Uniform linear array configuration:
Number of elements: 24
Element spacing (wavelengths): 0.75
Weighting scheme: blackman
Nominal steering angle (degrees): -30
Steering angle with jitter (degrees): -28.14
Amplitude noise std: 0.05
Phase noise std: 0.05

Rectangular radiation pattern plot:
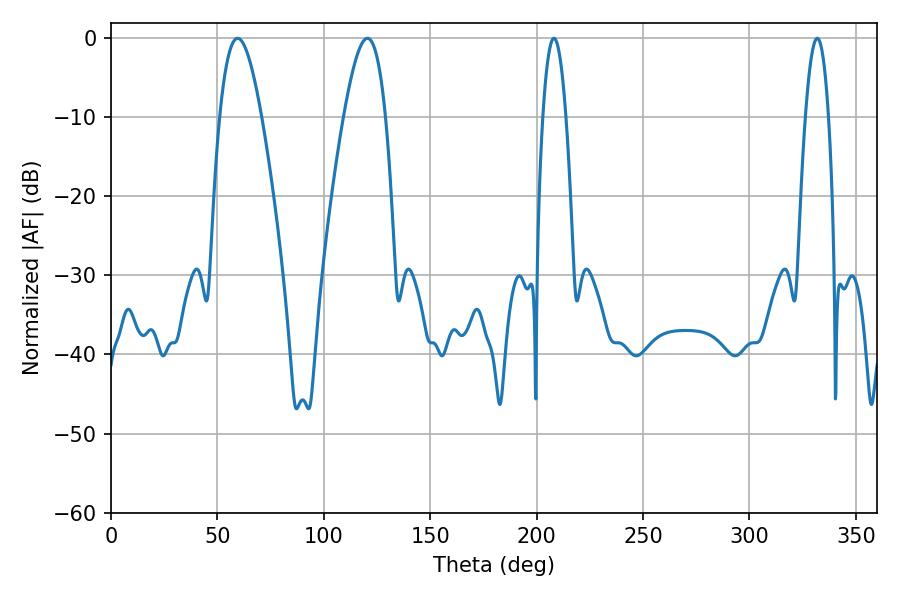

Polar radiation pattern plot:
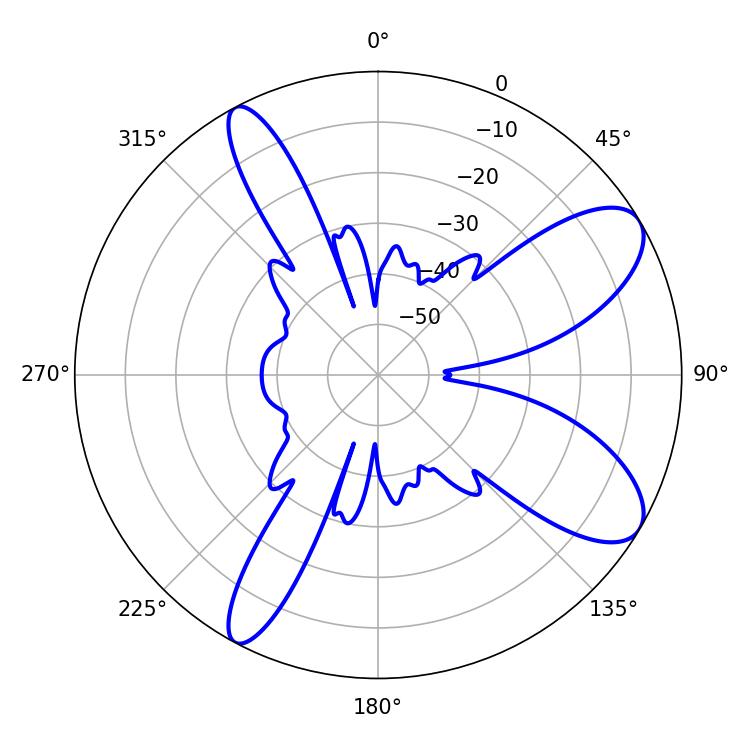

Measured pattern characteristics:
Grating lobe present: TRUE
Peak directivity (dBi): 9.163
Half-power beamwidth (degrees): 10.8
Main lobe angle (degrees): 59.58